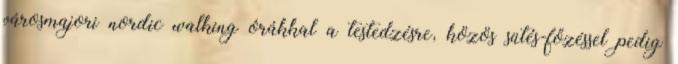
városmajori nordic walking órákkal a testedzésre, közös sütés-főzéssel pedig